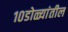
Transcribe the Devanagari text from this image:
१०डोळ्यांतील